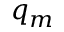
q _ { m }